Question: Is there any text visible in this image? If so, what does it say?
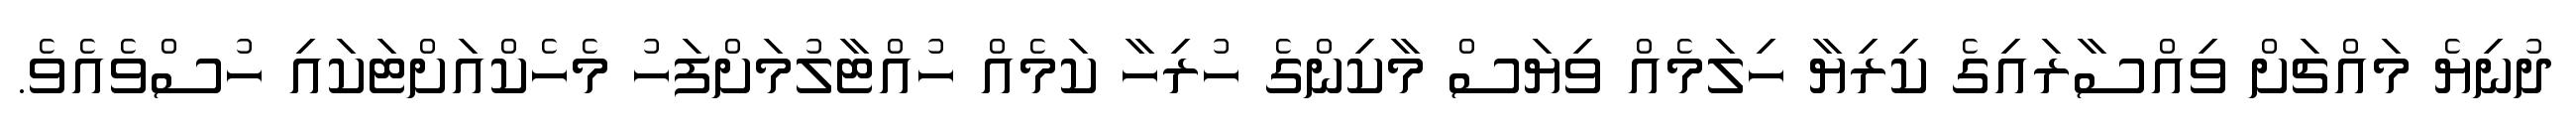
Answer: ދުނިޔެ މައްޗަށް ވިއްސާރައިގެ ކިރިޔާ ހިލަމެއް ވިޔަސް މާކިންގެ ހުރިހާ ކަމެއް ހުއްޓާލުމަށްފަހު މެހެކްއަށްޓަކައި ހުސްވެއެވެ.